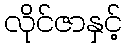
လိုင်ဇာနှင့်